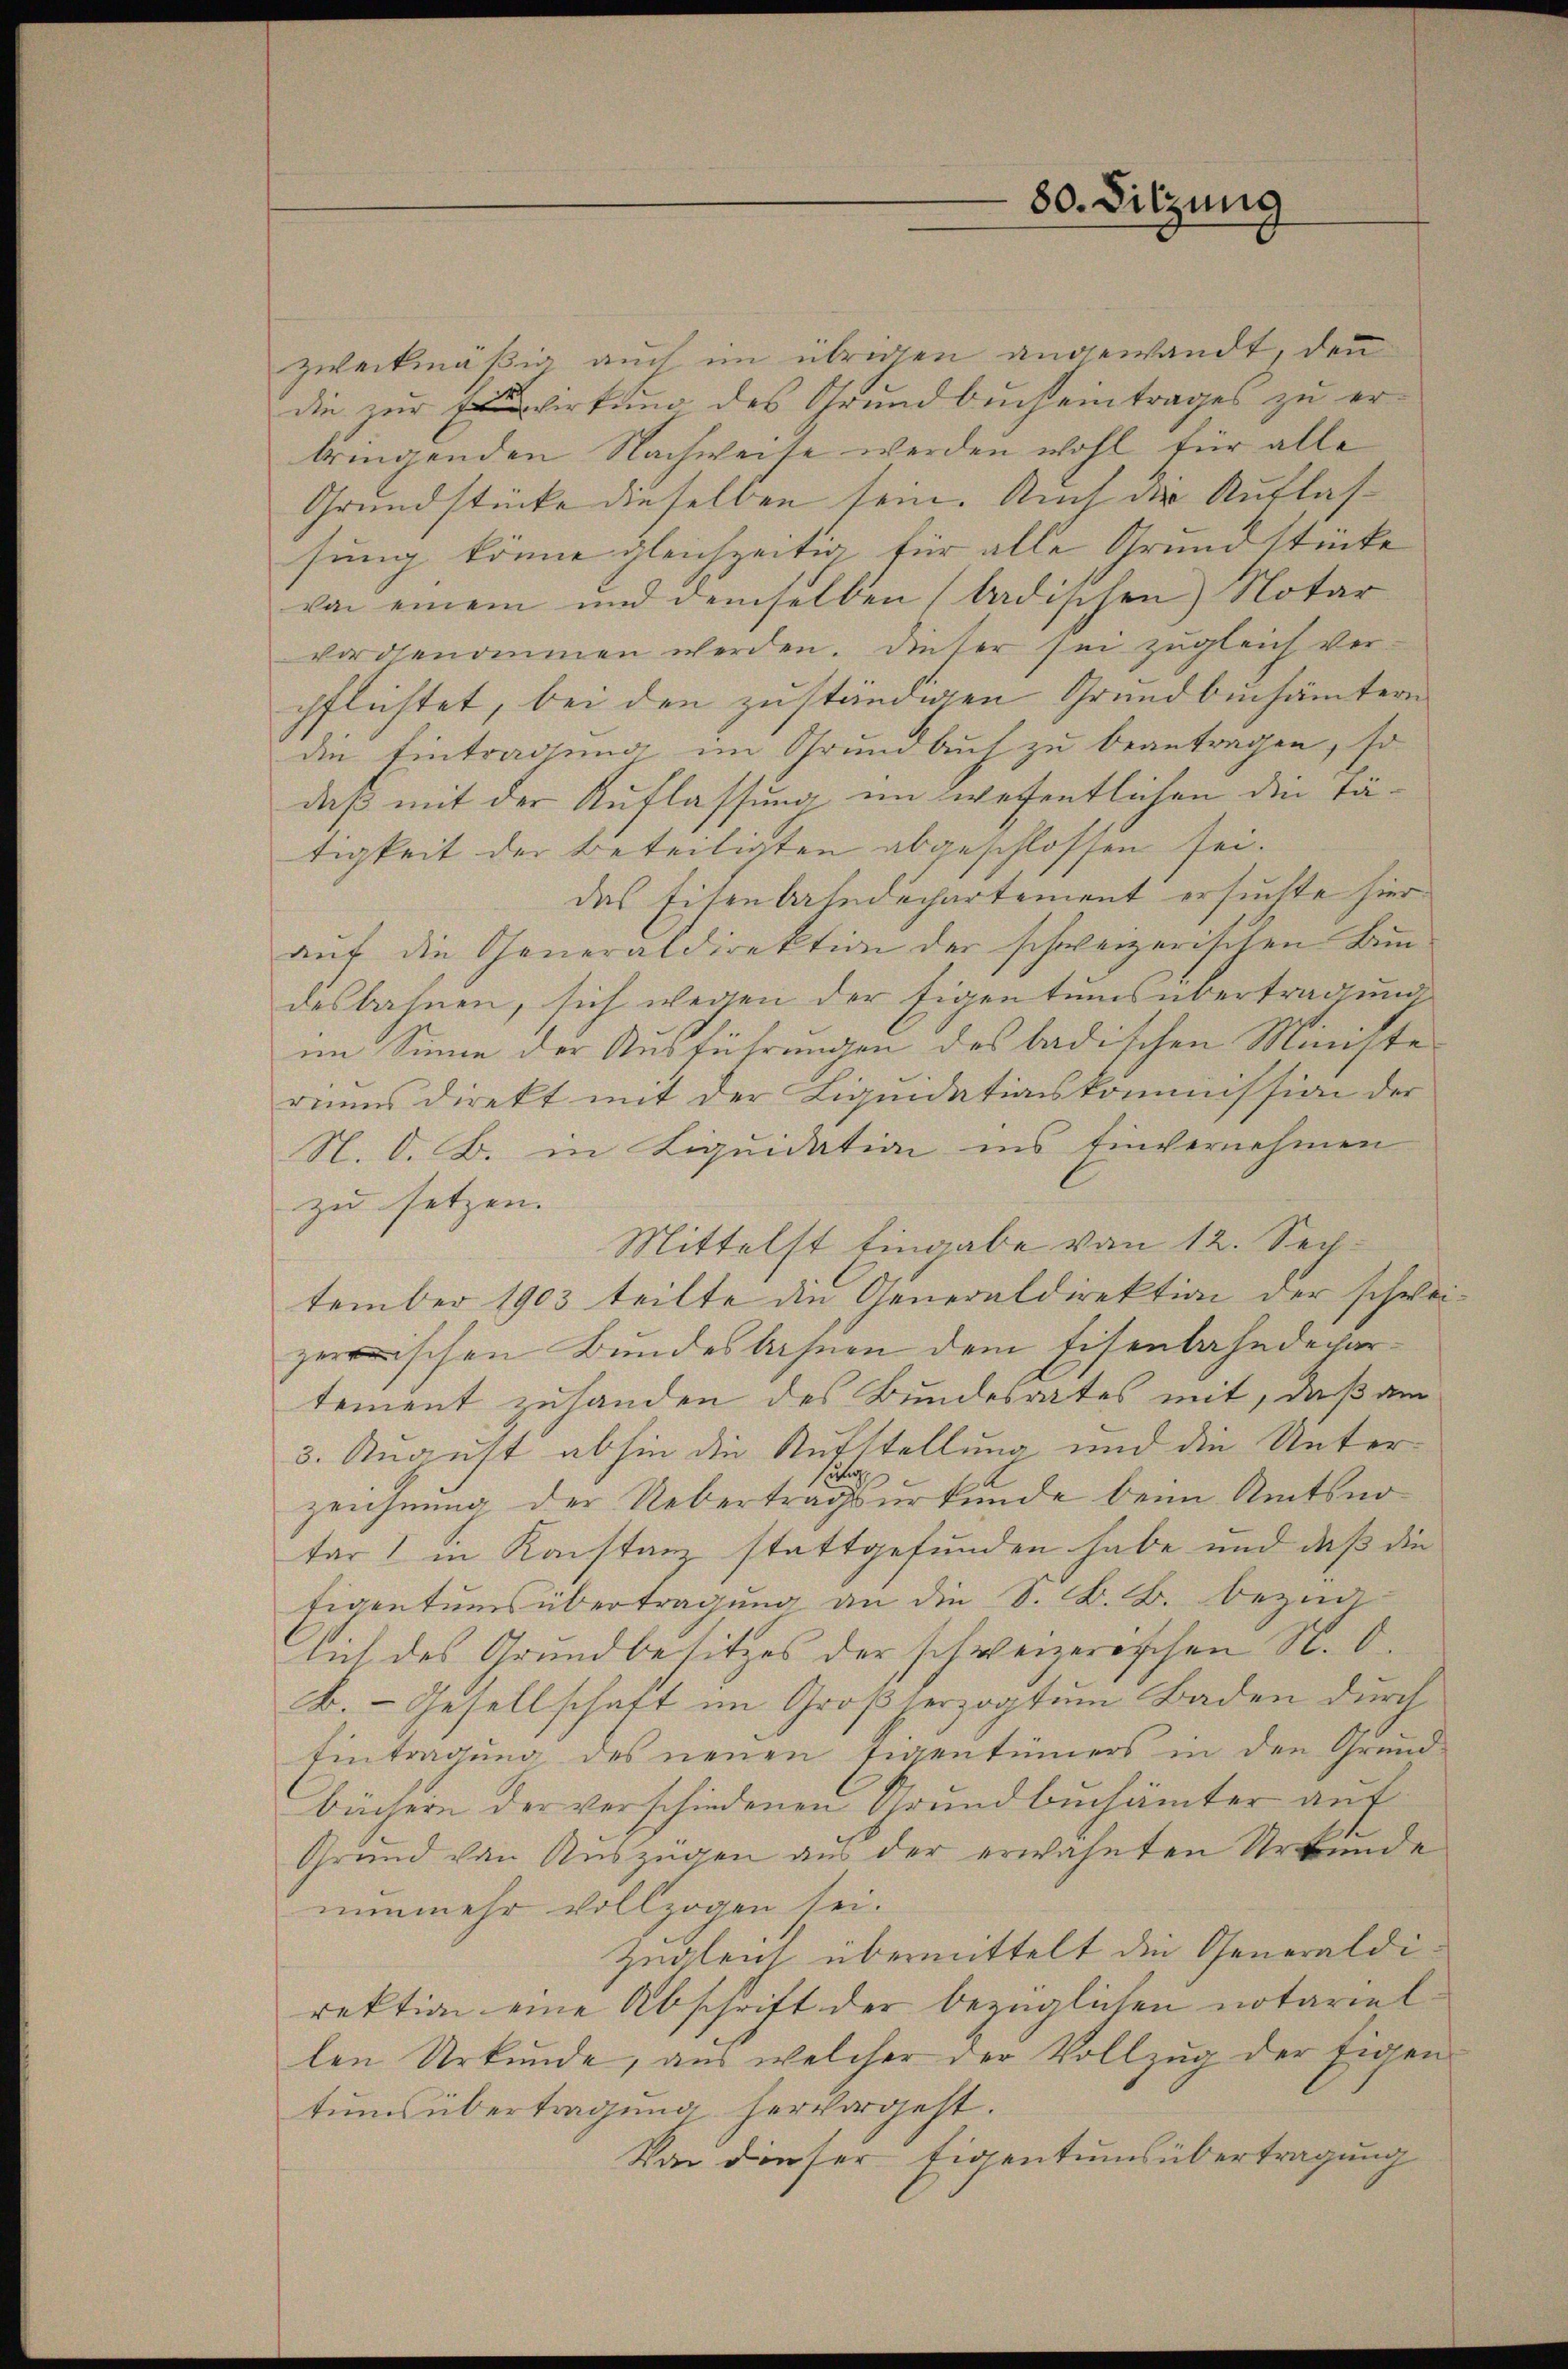
zweckmäßig auch im übrigen angewandt, den
die zur Erwirkung des Grundbucheintrages zu erbringenden Nachweise werden wohl für alle
Grundstücke dieselben sein. Auch der Auflassung könne gleichzeitig für alle Grundstücke |
von einem und demselben (badischen Notar
vorgenommen werden. Dieser sei zugleich ver-
pflichtet, bei den zuständigen Grundbuchämtern
die Eintragung im Grundbuch zu beantragen, so
daß mit der Auflassung im wesentlichen die tätigkeit der Beteiligten abgeschlossen sei.
das Eisenbahndechartement ersuchte hier
aŭf die Generaldirektion der schweizerischen B
desbahnen, sich wegen der Eigentumsübertragung
im Sinne der Ausführungen des badischen Ministe
riums direkt mit der Liquidationskommission der
N. O. B. in Liquidation ins Einvernehmen
zu setzen. |
Mittelst Eingabe von 12. Sechtember 1903 teilte die Generaldirektion der schweizischen Bundesbahnen dem Eisenbahndepartement zuhanden des Bundesrates mit, daß am
3. August abhin die Aufstellung und die Untert
zeichnung der Uebertragsurkunde beim Amtsnotar in Konstanz stattgefunden habe und daß die
Eigentumsübertragung an die S. B. B. bezi
lich des Grundbesitzes der schweizerischen S. O.
A. - Gesellschaft im Großherzogtum Baden durch
Eintragung des neuen Eigentümers in den Grund-
büchern der verschiedenen Grundbuchämter anf
Grund von Auszügen aus der erwähnten Urkunde
nunmehr vollzogen sei.
Zugleich übermittelt die Generaldirektion eine Abschrift der bezüglichen notariellen Urkunde, aus welcher der Vollzug der Eigen
tumsübertragung hervorgeht.
Von dieser Eigentumsübertragung

80. Sitzung